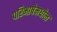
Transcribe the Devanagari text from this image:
परिभाषेमधील